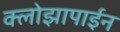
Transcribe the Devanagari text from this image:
क्लोझापाईन